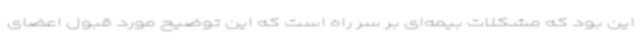
این بود که مشکلات بیمه‌ای بر سر راه است که این توضیح مورد قبول اعضای